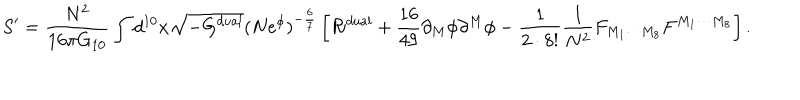
LaTeX: S ^ { \prime } = { \frac { N ^ { 2 } } { 1 6 \pi G _ { 1 0 } } } \int d ^ { 1 0 } x \sqrt { - G ^ { d u a l } } ( N e ^ { \phi } ) ^ { - { \frac { 6 } { 7 } } } \left[ { \cal R } ^ { d u a l } + { \frac { 1 6 } { 4 9 } } \partial _ { M } \phi \partial ^ { M } \phi - { \frac { 1 } { 2 \cdot 8 ! } } { \frac { 1 } { N ^ { 2 } } } F _ { M _ { 1 } \cdots M _ { 8 } } F ^ { M _ { 1 } \cdots M _ { 8 } } \right] .